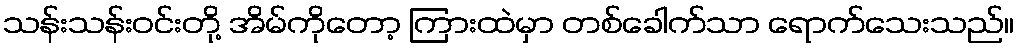
သန်းသန်းဝင်းတို့ အိမ်ကိုတော့ ကြားထဲမှာ တစ်ခေါက်သာ ရောက်သေးသည်။